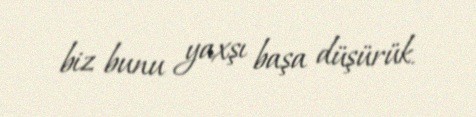
biz bunu yaxşı başa düşürük.